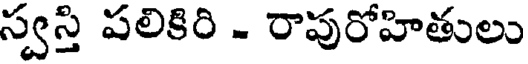
స్వస్తి పలికిరి - రాపురోహితులు